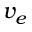
v _ { e }